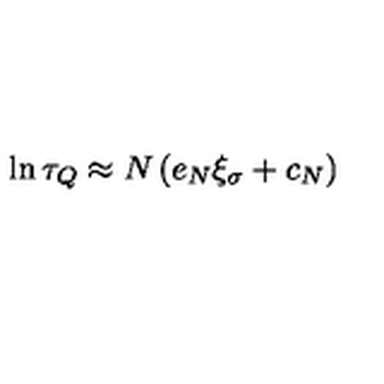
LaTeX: \ln \tau _ { Q } \approx N \left( e _ { N } \xi _ { \sigma } + c _ { N } \right)